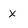
Character: x